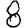
Digit: 8